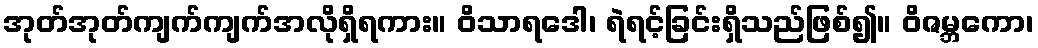
အုတ်အုတ်ကျက်ကျက်အလိုရှိရကား။ ဝိသာရဒေါ၊ ရဲရင့်ခြင်းရှိသည်ဖြစ်၍။ ဝိဇမ္ဘကော၊